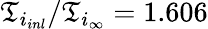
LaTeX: \mathfrak{T}_{i_{inl}}/\mathfrak{T}_{i_{\infty}}=1.606